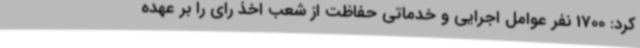
کرد: 1700 نفر عوامل اجرایی و خدماتی حفاظت از شعب اخذ رای را بر عهده